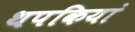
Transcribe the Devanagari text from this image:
थपकियां